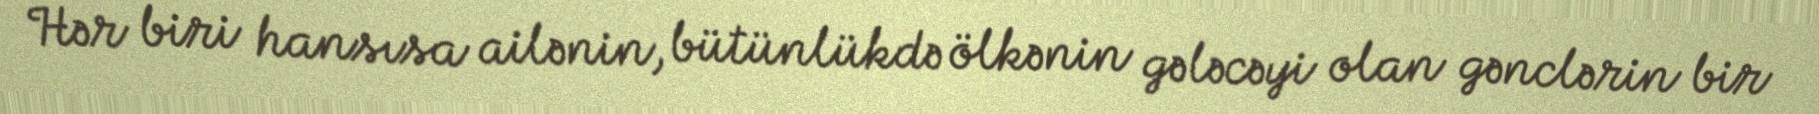
Hər biri hansısa ailənin, bütünlükdə ölkənin gələcəyi olan gənclərin bir